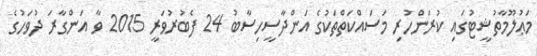
މަޢުލޫމާތުޝީޓުގައި ކުރަންހުރި މަސައްކަތްތަކުގެ އަންދާސީހިސާބު 24 ފެބުރުވަރީ 2015 ވާ އަންގާރަ ދުވަހުގެ